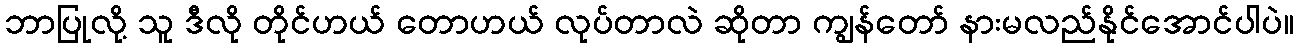
ဘာပြုလို့ သူ ဒီလို တိုင်ဟယ် တောဟယ် လုပ်တာလဲ ဆိုတာ ကျွန်တော် နားမလည်နိုင်အောင်ပါပဲ။